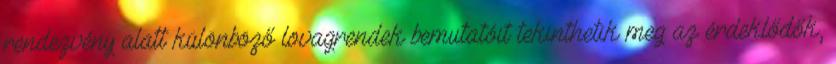
rendezvény alatt különböző lovagrendek bemutatóit tekinthetik meg az érdeklődők,